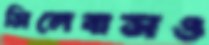
সিলেবাসও